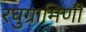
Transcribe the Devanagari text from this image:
रघुग्रामिणी